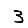
Digit: 3